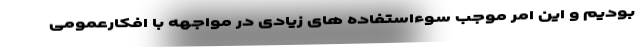
بودیم و این امر موجب سوءاستفاده های زیادی در مواجهه با افکارعمومی